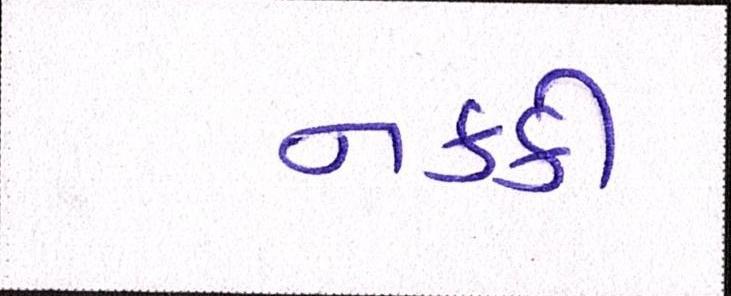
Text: નક્કી